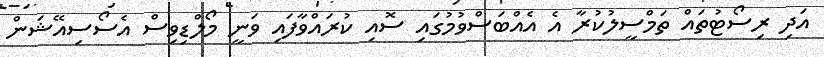
އަދި ރިސޯޓުތައް ތަމްސީލުކުރާ އެ އެއްބަސްވުމުގައި ސޮއި ކުރައްވާފައި ވަނީ މޯލްޑިވިސް އެސޯސިއޭޝަން